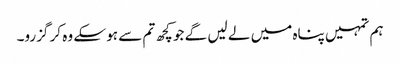
ہم تمہیں پناہ میں لے لیں گے جو کچھ تم سے ہو سکے وہ کر گزرو۔